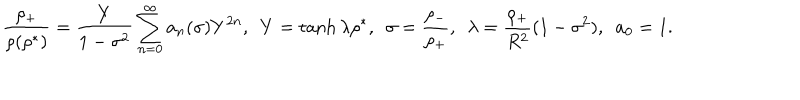
{ \frac { \rho _ { + } } { \rho ( \rho ^ { * } ) } } = { \frac { Y } { 1 - \sigma ^ { 2 } } } \sum _ { n = 0 } ^ { \infty } a _ { n } ( \sigma ) Y ^ { 2 n } , ~ ~ Y = \tanh \lambda \rho ^ { * } , ~ ~ \sigma = { \frac { \rho _ { - } } { \rho _ { + } } } , ~ ~ \lambda = { \frac { \rho _ { + } } { R ^ { 2 } } } ( 1 - \sigma ^ { 2 } ) , ~ ~ a _ { 0 } = 1 .